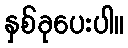
နှစ်ခုပေးပါ။